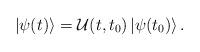
LaTeX: \begin{align*}\left| \psi (t)\right> ={\cal {U}}(t,t_{0})\left| \psi (t_{0})\right> .\end{align*}